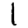
Digit: 1